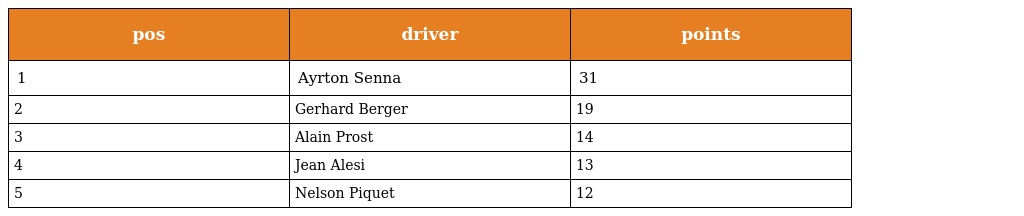
| pos | driver | points |
 | --- | --- | --- |
 | 1 | Ayrton Senna | 31 |
 | 2 | Gerhard Berger | 19 |
 | 3 | Alain Prost | 14 |
 | 4 | Jean Alesi | 13 |
 | 5 | Nelson Piquet | 12 |